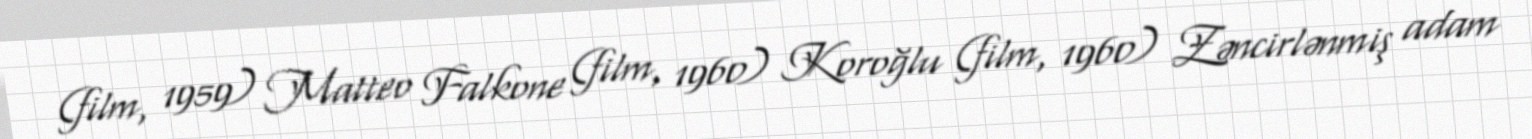
(film, 1959) Matteo Falkone (film, 1960) Koroğlu (film, 1960) Zəncirlənmiş adam